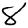
Digit: 8